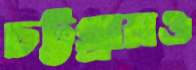
চট্টগ্রামও